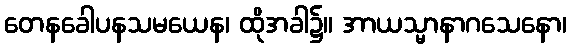
တေနခေါပနသမယေန၊ ထိုအခါ၌။ အာယသ္မာနာဂသေနော၊